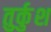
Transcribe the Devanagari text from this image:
तुर्कुश